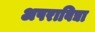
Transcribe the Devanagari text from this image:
अपराविद्या